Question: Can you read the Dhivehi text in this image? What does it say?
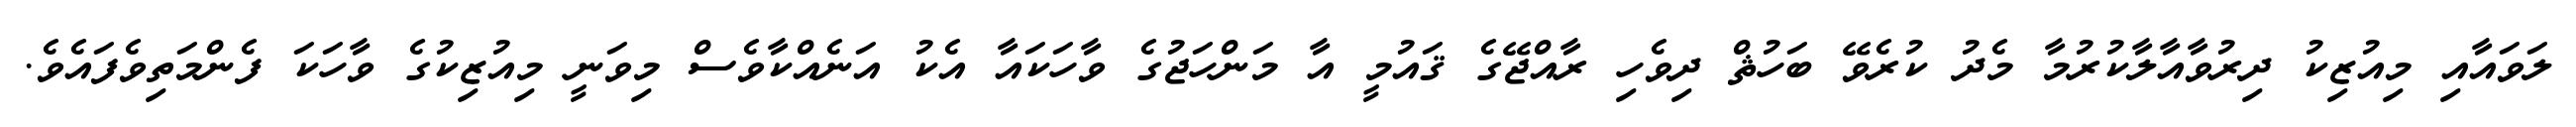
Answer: ލަވައާއި މިއުޒިކު ދިރުވާއާލާކުރުމާ މެދު ކުރެވޭ ބަހުޘް ދިވެހި ރާއްޖޭގެ ޤައުމީ އާ މަންހަޖުގެ ވާހަކައާ އެކު އަނެއްކާވެސް މިވަނީ މިއުޒިކުގެ ވާހަކަ ފެންމަތިވެފައެވެ.